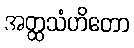
အတ္ထသံဟိတော